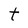
Character: t